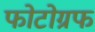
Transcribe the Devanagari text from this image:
फोटोग्रफ